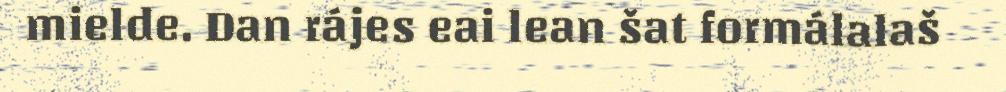
mielde. Dan rájes eai lean šat formálalaš